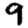
Digit: 9